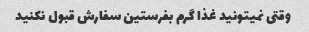
وقتی نمیتونید غذا گرم بفرستین سفارش قبول نکنید